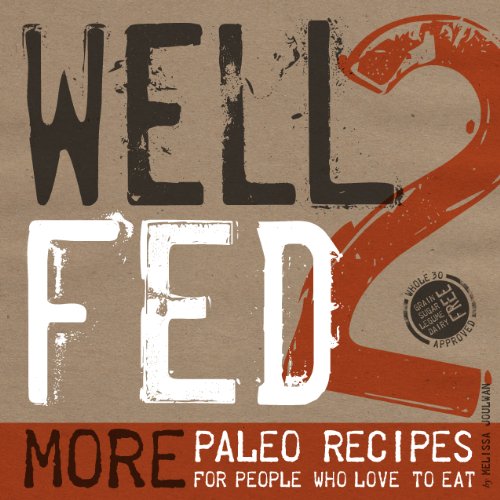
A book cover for Well Fed 2: More Paleo Recipes for People Who Love to Eat; Melissa Joulwan; Cookbooks, Food & Wine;